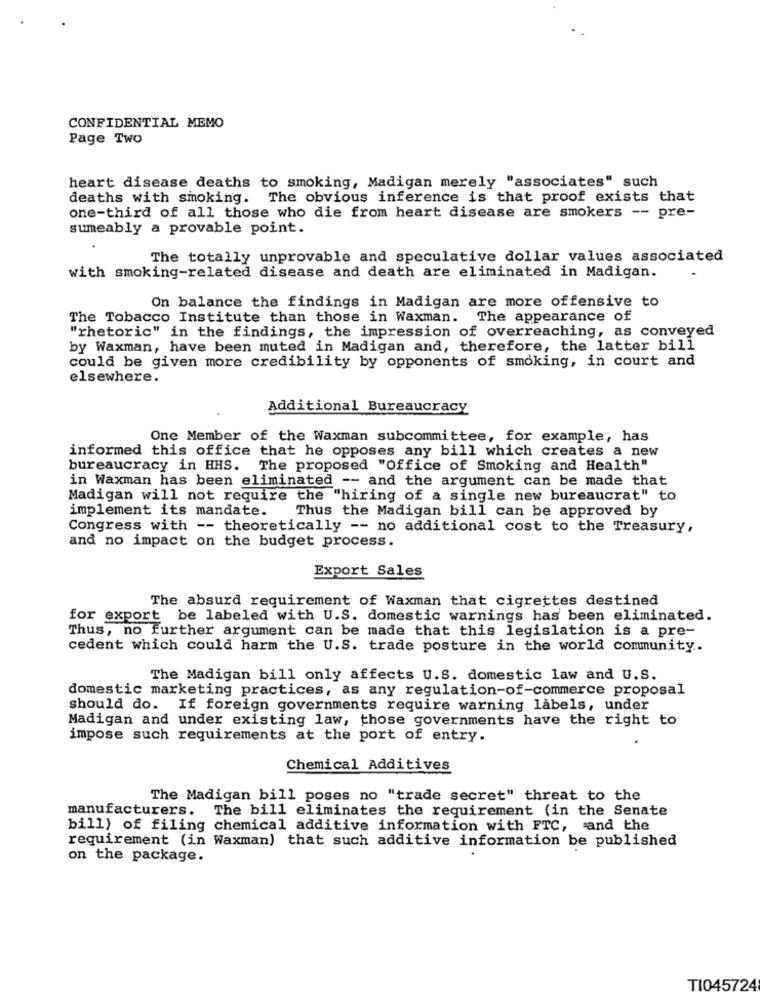
CONFIDENTIAL MEMO
Page Two
heart disease deaths to smoking, Madigan merely "associates" such
deaths with smoking. The obvious inference is that proof exists that
one-third of all those who die from heart disease are smokers -- pre-
sumeably a provable point.
The totally unprovable and speculative dollar values associated
with smoking-related disease and death are eliminated in Madigan.
On balance the findings in Madigan are more offensive to
The Tobacco Institute than those in Waxman.
The appearance of
"rhetoric" in the findings, the impression of overreaching, as conveyed
by Waxman, have been muted in Madigan and, therefore, the latter bill
could be given more credibility by opponents of smoking, in court and
elsewhere.
Additional Bureaucracy
One Member of the Waxman subcommittee, for example, has
informed this office that he opposes any bill which creates a new
bureaucracy in HHS. The proposed "Office of Smoking and Health"
in Waxman has been eliminated -- and the argument can be made that
Madigan will not require the "hiring of a single new bureaucrat" to
implement its mandate.
Thus the Madigan bill can be approved by
Congress with -- theoretically -- no additional cost to the Treasury,
and no impact on the budget process.
Export Sales
The absurd requirement of Waxman that cigrettes destined
for export be labeled with U.S. domestic warnings has been eliminated.
Thus, no further argument can be made that this legislation is a pre-
cedent which could harm the U.S. trade posture in the world community ..
The Madigan bill only affects U.S. domestic law and U.S.
domestic marketing practices, as any regulation-of-commerce proposal
should do. If foreign governments require warning labels, under
Madigan and under existing law, those governments have the right to
impose such requirements at the port of entry.
Chemical Additives
The Madigan bill poses no "trade secret" threat to the
manufacturers. The bill eliminates the requirement (in the Senate
bill) of filing chemical additive information with FTC, and the
requirement (in Waxman) that such additive information be published
on the package.
TI045724